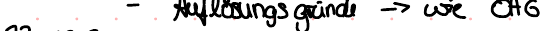
- Auflösungsgründe -> wie OHG